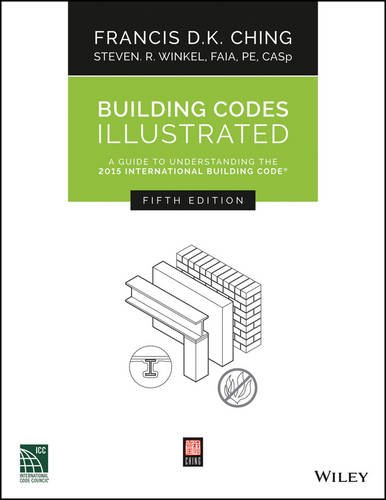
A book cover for Building Codes Illustrated: A Guide to Understanding the 2015 International Building Code; Francis D. K. Ching; Arts & Photography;